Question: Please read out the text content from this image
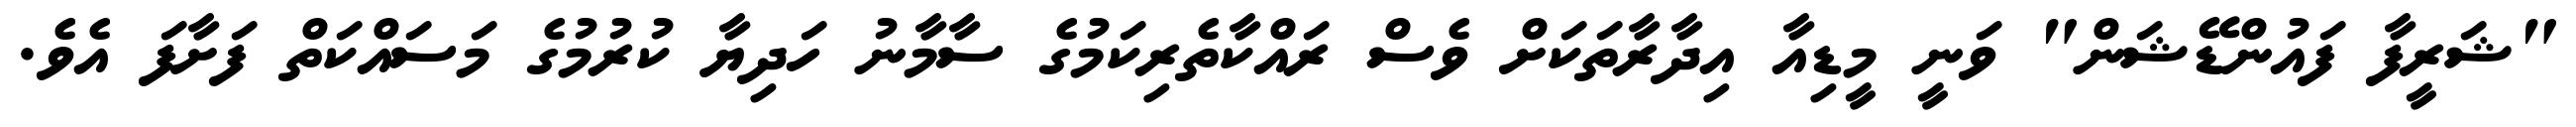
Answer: "ޝަރީފާ ފައުންޑޭޝަން" ވަނީ މީޑިއާ އިދާރާތަކަށް ވެސް ރައްކާތެރިކަމުގެ ސާމާނު ހަދިޔާ ކުރުމުގެ މަސައްކަތް ފަށާފަ އެވެ.